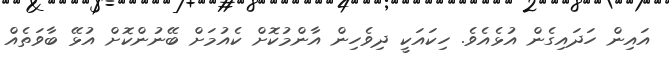
އައިން ހަދައިގެން އުޅެއެވެ. ހިކައަކީ ދިވެހިން އާންމުކޮށް ކެއުމަށް ބޭނުންކޮށް އުޅޭ ބާވަތެއް